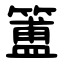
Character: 簠